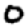
Digit: 0